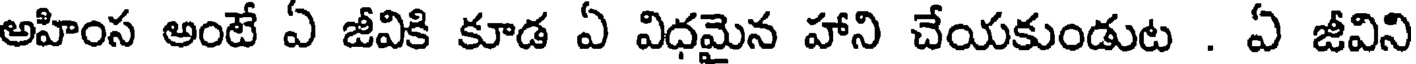
అహింస అంటే ఏ జీవికి కూడ ఏ విధమైన హాని చేయకుండుట . ఏ జీవిని